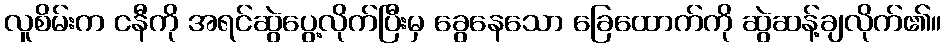
လူစိမ်းက ငနီကို အရင်ဆွဲပွေ့လိုက်ပြီးမှ ခွေနေသော ခြေထောက်ကို ဆွဲဆန့်ချလိုက်၏။